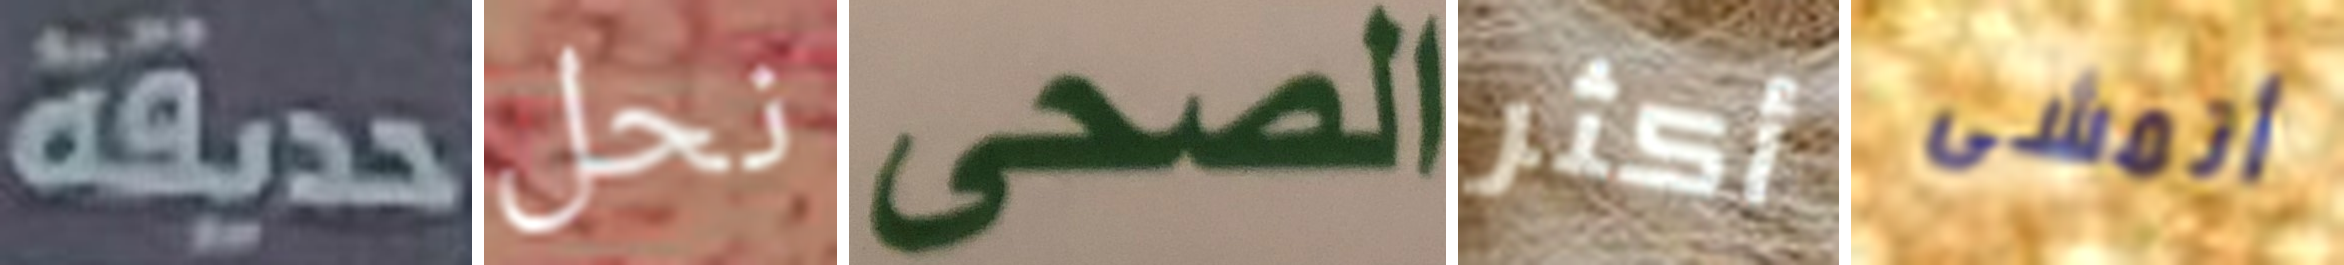
حديقة نحل الصحى أكثر أتمشى